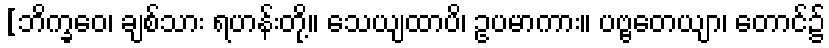
[ဘိက္ခဝေ၊ ချစ်သား ရဟန်းတို့။ သေယျထာပိ၊ ဥပမာကား။ ပဗ္ဗတေယျာ၊ တောင်၌